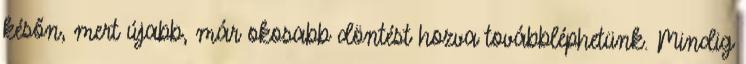
későn, mert újabb, már okosabb döntést hozva továbbléphetünk. Mindig